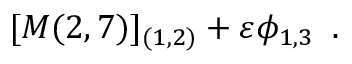
[ { \cal M } ( 2 , 7 ) ] _ { ( 1 , 2 ) } + \varepsilon \phi _ { 1 , 3 } \, \, \, .